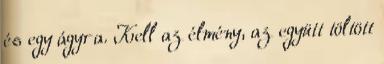
és egy ágyra. Kell az élmény, az együtt töltött